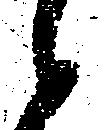
候